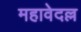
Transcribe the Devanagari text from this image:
महावेदल्ल